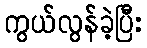
ကွယ်လွန်ခဲ့ပြီး